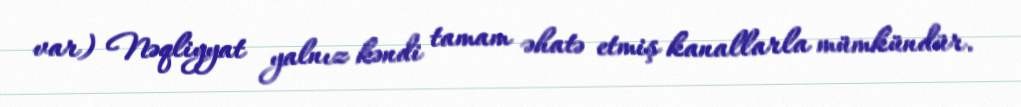
var) Nəqliyyat yalnız kəndi tamam əhatə etmiş kanallarla mümkündür.